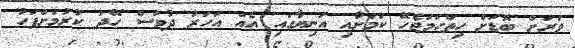
ވަރަށް ބޮޑަށް ހިތްހަމަޖެހޭ ކަމަށާއި އަނިޔާގައި އެއް އަހަރު ދުވަސް ހޭދަ ކުރުމަށްފަހު